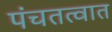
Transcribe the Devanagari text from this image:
पंचतत्वात